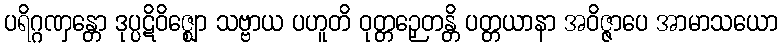
ပရိဂ္ဂဏှန္တော ဒုပ္ပဋိဝိဇ္ဈော သဗ္ဗာယ ပဟူတိ ဝုတ္တဉှေတန္တိ ပတ္တယာနာ အဝိဇ္ဇာပေ အာမာသယော